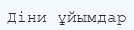
Діни ұйымдар